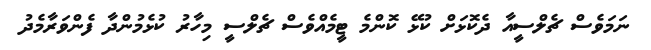
ނަމަވެސް ޗެލްސީއާ ދެކޮޅަށް ކުޅޭ ކޮންމެ ޓީމެއްވެސް ޗެލްސީ މިހާރު ކުޅެމުންދާ ފެންވަރާމެދު